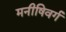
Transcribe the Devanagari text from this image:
मनीषिवर्ग